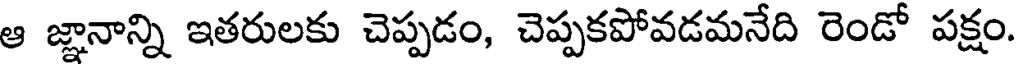
ఆ జ్ఞానాన్ని ఇతరులకు చెప్పడం, చెప్పకపోవడమనేది రెండో పక్షం.